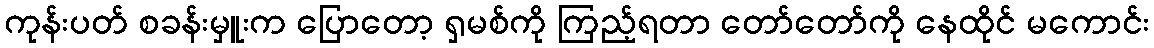
ကုန်းပတ် စခန်းမှူးက ပြောတော့ ရှမစ်ကို ကြည့်ရတာ တော်တော်ကို နေထိုင် မကောင်း